Eesti_Vabariigi_Tartu_Ulikool, lk 31
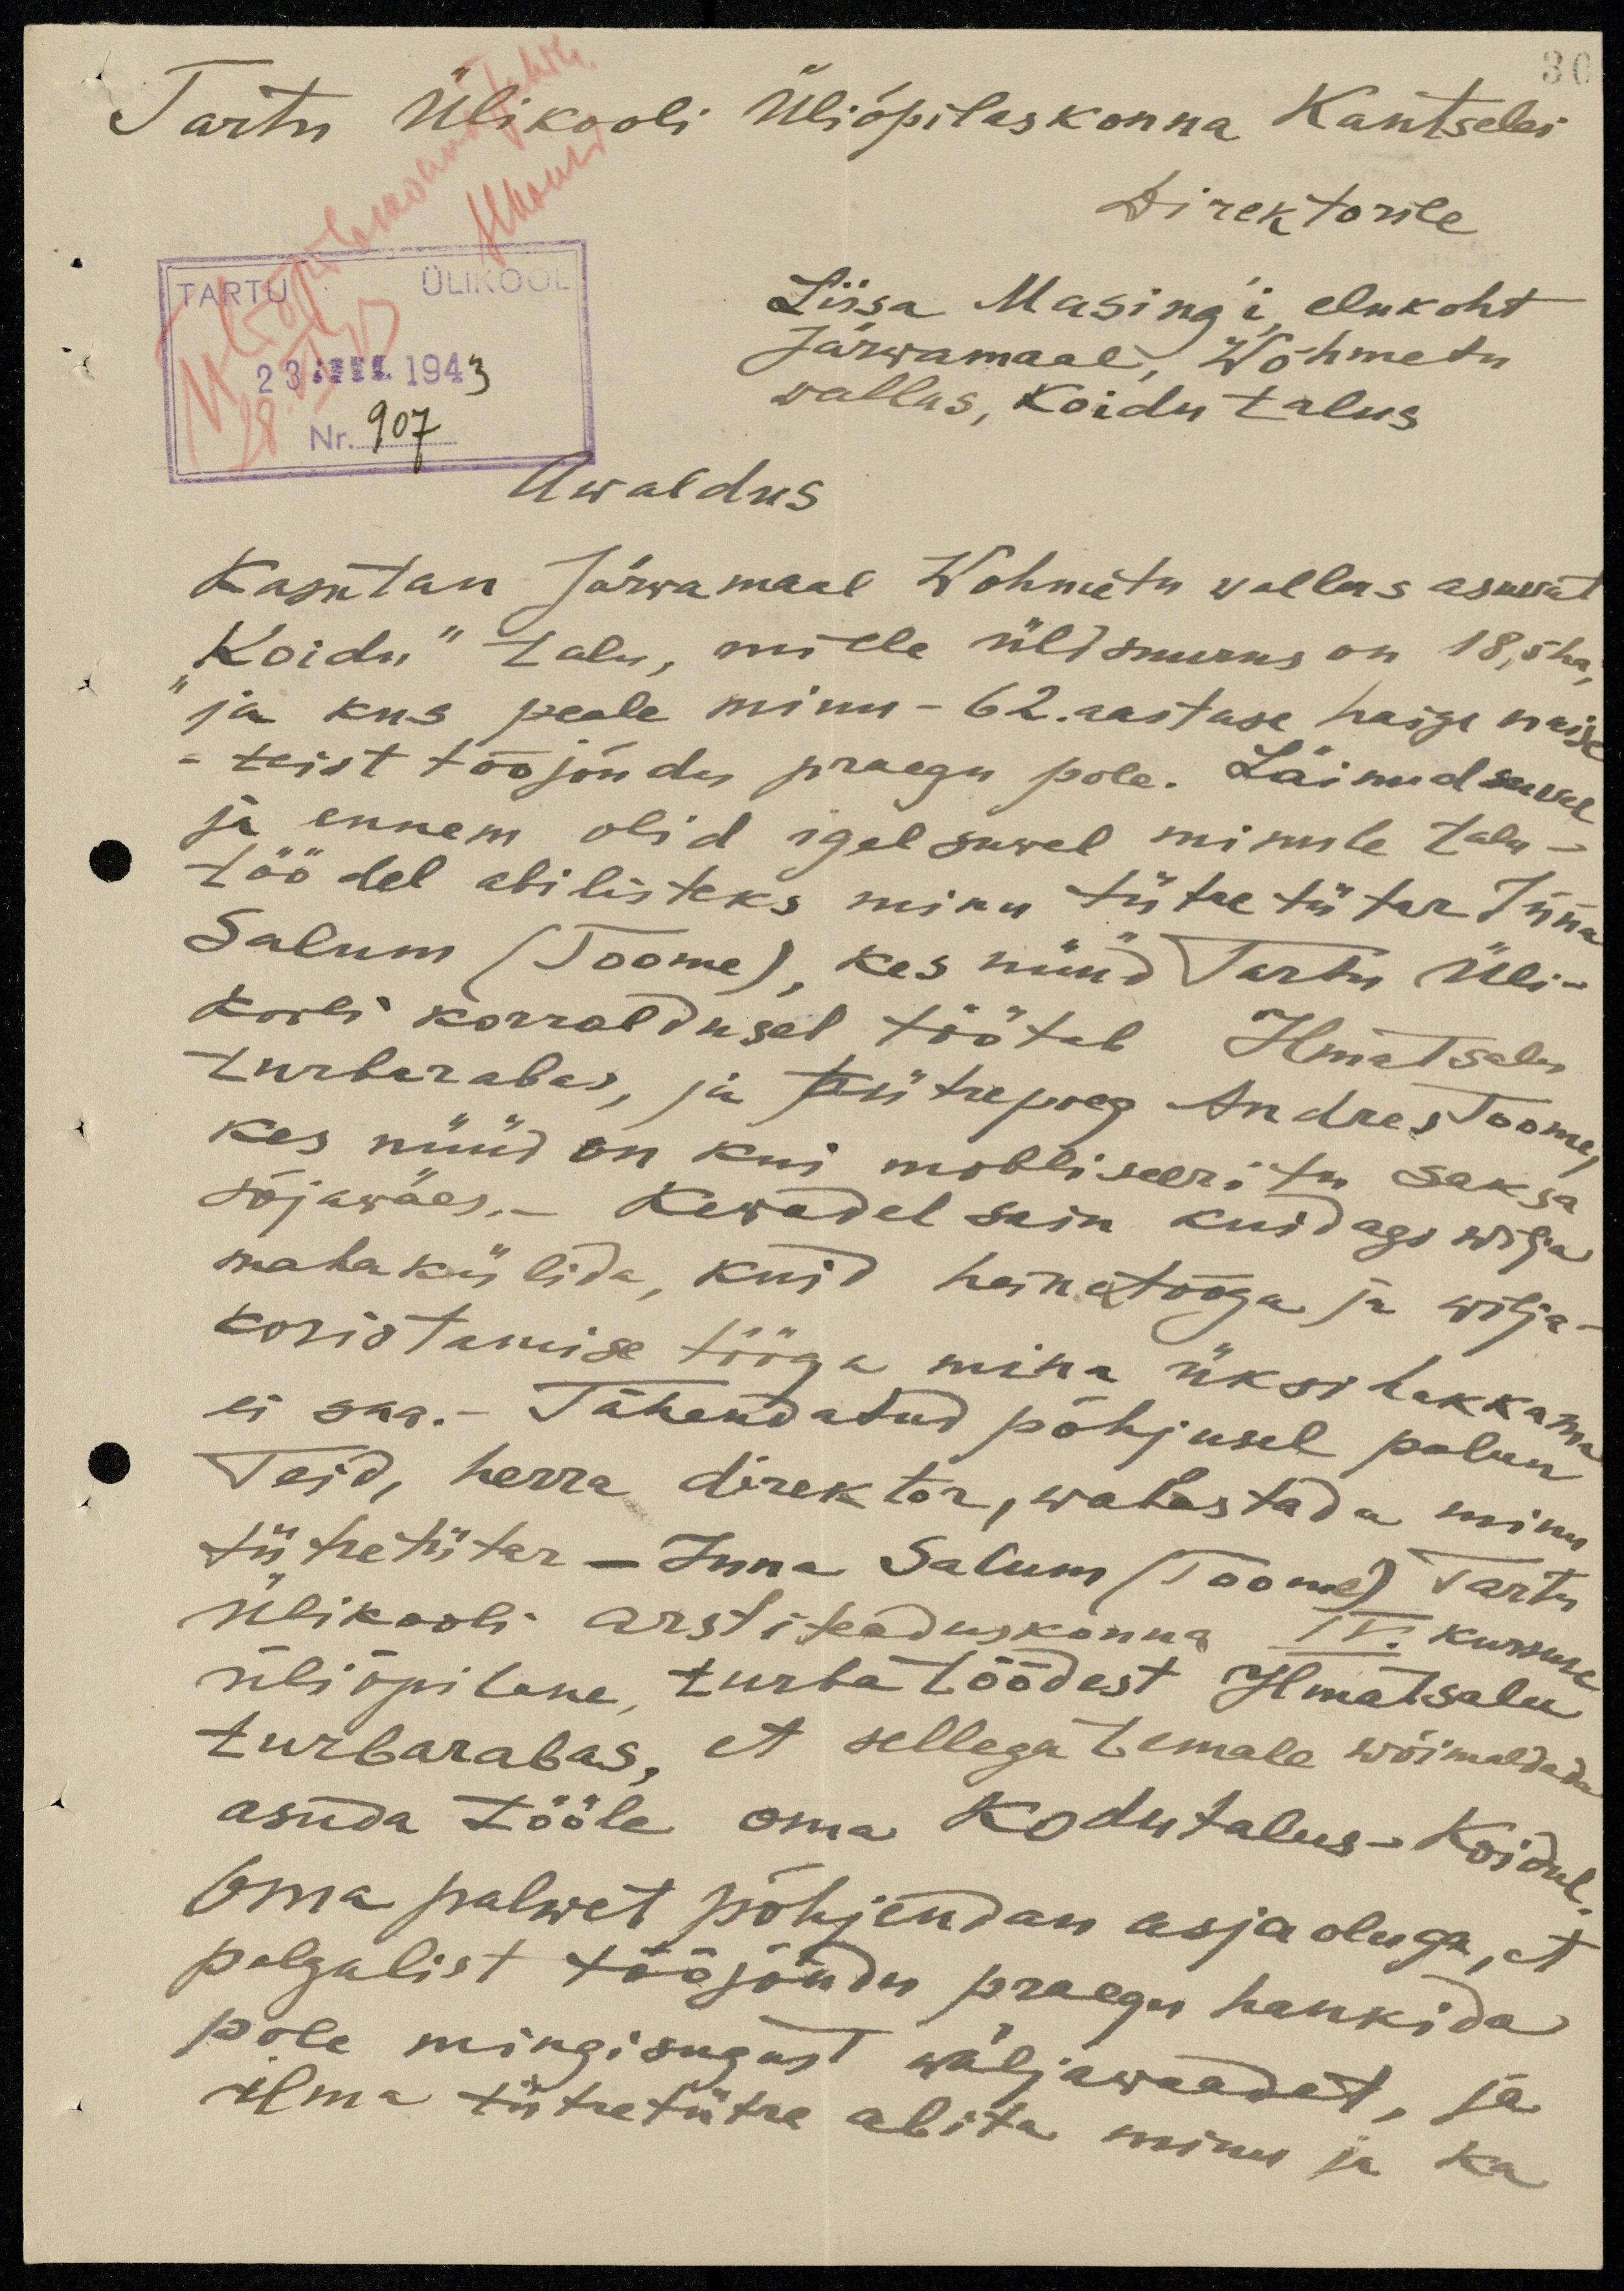
30

Tartu Ülikooli Üliõpilaskonna Kantselei
Direktorile
ÜLIKOOL
23 III. 1943
Nr. 907
Liisa Masing'i, elukoht
Järwamaal, Wõhmetu
vallas, Koidu talus
Awaldus
Kasutan Järvamaal Wohmetu wallas asuwat
Koidu" talu, mille üldsuurus on 18,5 ha,
ja kus peale minu - 62. aastase haige naise
- teist tööjõudu praegu pole. Läinud suvel
ja ennem olid igal suvel minule talu-
töödel abilisteks minu tütretütar Inna
Salum (Toome) kes nüüd Tartu Üli-
kooli korraldusel töötab Ilmatsalu
turbarabas, ja tütrepoeg Andres Toome
kes nüüd on kui mobiliseeritu saksa
sõjawäes. - Kewadel sain kuidagi wilja
mahakülida, kuid heinatööga ja wilja-
koristamise tööga mina üksi hakkama
ei saa. - Tähendatud põhjusel palun
Teid, herra direktor, wabastada minu
tütretütar - Inna Salum (Toome) Tartu
Ülikooli arstiteaduskonna IV. kursuse
üliõpilane turbatöödest Ilmatsalu
turbarabas, et sellega temale wõimaldada
asuda tööle oma kodutalus - Koidul
Oma palwet põhjendan asjaoluga, et
palgalist tööjõudu praegu hankida
pole mingisugust wäljawaadet, ja
ilma tütretütre abita minu ja ka